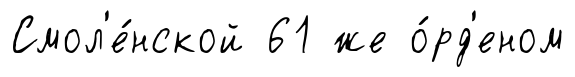
Смол'е́нской 61 же о́рд'еном